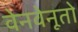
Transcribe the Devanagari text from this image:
वेनवेनूतो